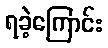
ရခဲ့ကြောင်း